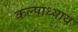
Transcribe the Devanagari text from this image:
कल्पाध्याय